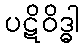
ပဋိဝိဒ္ဓါ